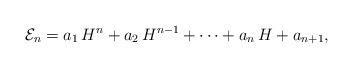
LaTeX: \begin{align*}{\cal E}_{n}=a_{1}\,H^{n}+a_{2}\,H^{n-1}+\cdots+a_{n}\,H+a_{n+1},\end{align*}